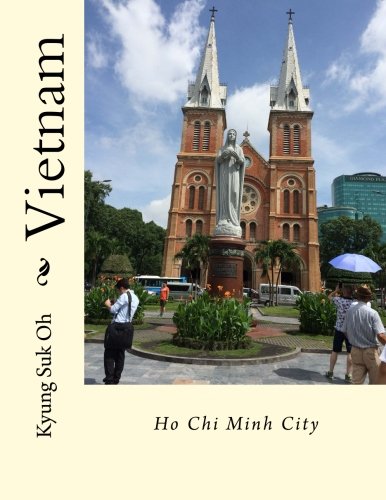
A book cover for Vietnam: Ho Chi Minh City; Kyung Suk Oh; Travel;